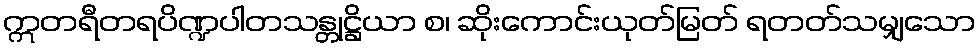
ဣတရီတရပိဏ္ဍပါတသန္တုဋ္ဌိယာ စ၊ ဆိုးကောင်းယုတ်မြတ် ရတတ်သမျှသော